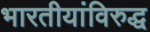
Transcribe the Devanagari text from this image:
भारतीयांविरुद्ध